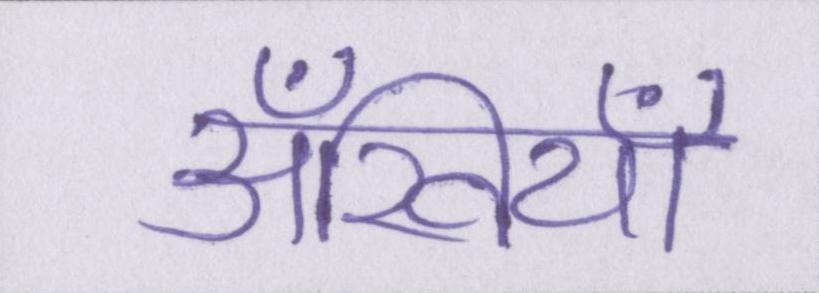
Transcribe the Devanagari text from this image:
अँखियाँ